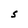
Character: S